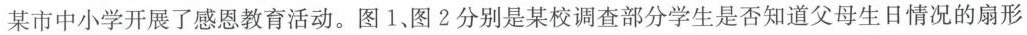
某市中小学开展了感恩教育活动。图1、图2分别是某校调查部分学生是否知道父母生日情况的扇形